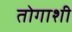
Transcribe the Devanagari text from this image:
तोगाशी